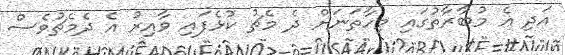
އަދި އެ މުބާރާތުގައި މިހާތަނަށް ދެ މެޗު ކުޅެފައި ވާއިރު އެ ދެމެޗުވެސް